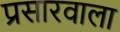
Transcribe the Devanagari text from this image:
प्रसारवाला